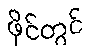
ဖိုင်တွင်